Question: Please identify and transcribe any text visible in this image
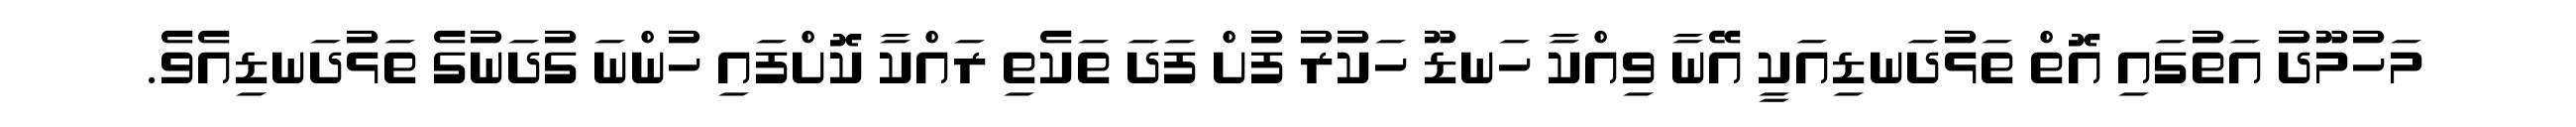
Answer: މަހުމޫދު އަތުގައި އޮތް ތަޅުދަނޑިއަކީ އޭނާ ވިއްކާ ހަނޑޫ ހަކުރު ފުށް ފަދަ ތަކެތި ރައްކާ ކޮށްފައި ހުންނަ ގުދަނުގެ ތަޅުދަނޑިއެވެ.